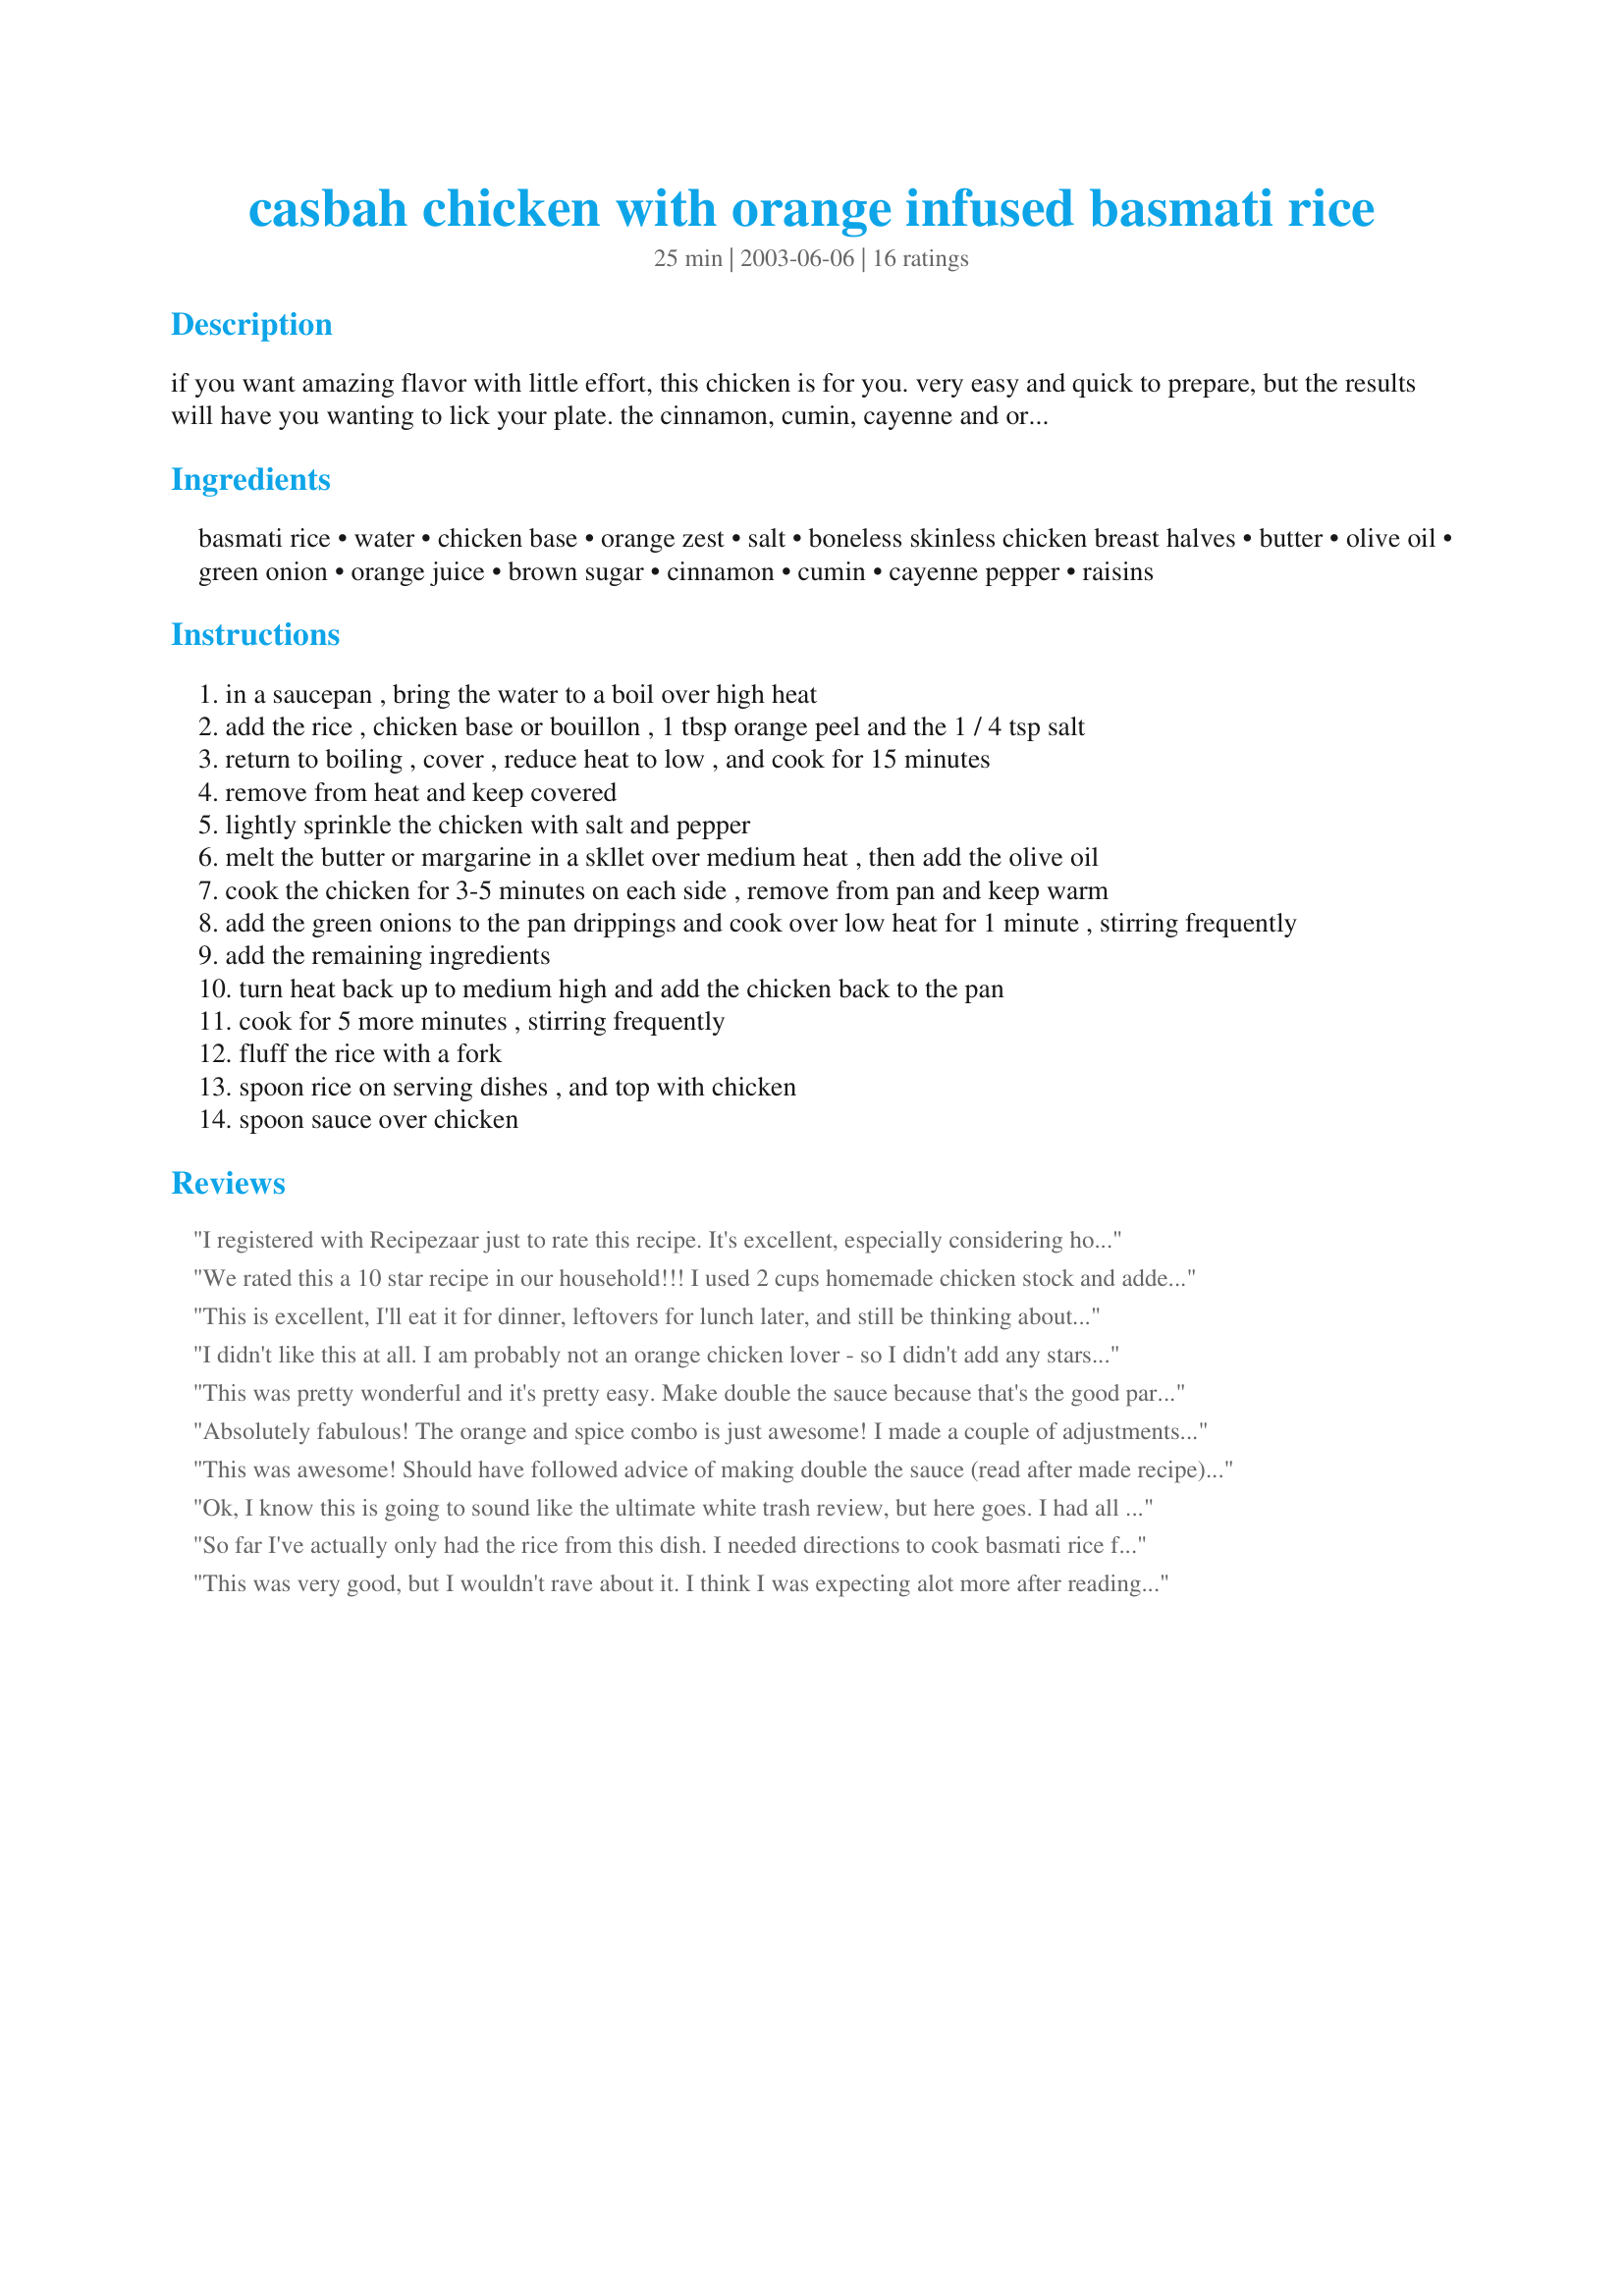
casbah chicken with orange infused basmati rice
Preparation time: 25 minutes

if you want amazing flavor with little effort, this chicken is for you. very easy and quick to prepare, but the results will have you wanting to lick your plate. the cinnamon, cumin, cayenne and orange flavors make this dish, and will leave you wanting more.

Ingredients:
basmati rice, water, chicken base, orange zest, salt, boneless skinless chicken breast halves, butter, olive oil, green onion, orange juice, brown sugar, cinnamon, cumin, cayenne pepper, raisins

Steps:
in a saucepan , bring the water to a boil over high heat
add the rice , chicken base or bouillon , 1 tbsp orange peel and the 1 / 4 tsp salt
return to boiling , cover , reduce heat to low , and cook for 15 minutes
remove from heat and keep covered
lightly sprinkle the chicken with salt and pepper
melt the butter or margarine in a skllet over medium heat , then add the olive oil
cook the chicken for 3-5 minutes on each side , remove from pan and keep warm
add the green onions to the pan drippings and cook over low heat for 1 minute , stirring frequently
add the remaining ingredients
turn heat back up to medium high and add the chicken back to the pan
cook for 5 more minutes , stirring frequently
fluff the rice with a fork
spoon rice on serving dishes , and top with chicken
spoon sauce over chicken

Reviews:
I registered with Recipezaar just to rate this recipe. It's excellent, especially considering how easy it is to make. I cooked the rice in chicken broth instead of water with chicken base. It was so delicious!
We rated this a 10 star recipe in our household!!! I used 2 cups homemade chicken stock and added 2 tsp kosher salt (since the stock had no salt). I think I had more chicken than intended for the recipe, since it all wouldn't fit in one large pan. So I doubled the butter and oil, and cut up the pounded thin pieces to fit in the pan better and cooked it the first round in two batches. Fantastic recipe! Thanks leeann!!! :)
This is excellent, I'll eat it for dinner, leftovers for lunch later, and still be thinking about when I'm going to make it again. I'm not a raisin person, so I also use currants as mentioned in the other review. I have also used other cuts of chicken with no problem.
I didn't like this at all. I am probably not an orange chicken lover - so I didn't add any stars because I don't want to disagree with all the good ratings. Didn't like the rice, the sauce, or anything about this recipe.
This was pretty wonderful and it's pretty easy. Make double the sauce because that's the good part. I added a little rice flour (gluten-free) to thinken it more because it was too thin to my liking. I also didn't put any cayenne. I added fresh ginger chopped finely to the onion while cooking to give a bit more spice without the cayenne. You could use any chiken parts too.
Absolutely fabulous! The orange and spice combo is just awesome! I made a couple of adjustments...for one, I cubed the chicken and sauteed for a little bit longer, and added a couple of cloves of mashed garlic. The chicken was juicy, tender, and soooo flavorful! The orange rice complimented the chicken beautifully! My whole family loved it! Thank you for a fabulous recipe, Leeannr! :)
This was awesome! Should have followed advice of making double the sauce (read after made recipe). Think next time (because you will want to make it again) I will cut chicken into strips. I thought was pretty good for spice because all family could enjoy including younger one.
Ok, I know this is going to sound like the ultimate white trash review, but here goes. I had all the ingredients for this, was all ready to go, and then realized my husband had taken the last 2 oranges to work. Did we have frozen oj? Nooooo. But we had Sunny Delite. So I put a splash of that in with the rice and tossed in some lemon zest for good measure. Ditto for the sauce, although I left out the brown sugar because Sunny Delite is like 99 percent sugar anyway.
Despite all that, the dish was excellent! The picky kindergartener ate a whole plate, which is unheard of, and DH and I loved it, too. I will make it again with real oranges someday, I promise. Or maybe not. Because Sunny Delite chicken was pretty awesome. Thanks, L!!!
So far I've actually only had the rice from this dish. I needed directions to cook basmati rice for <a href="/36815">Exotic and Sweet Moroccan Chicken with Spicy Rice</a> Exotic and Sweet Moroccan Chicken with Spicy Rice; this was the first recipe I came across and it looked perfect for that recipe. It actually was perfect for that recipe and I just noticed when I came back to write the review that this chicken has a sauce, and I was thinking the other recipe needed one, so I'll try that too next time I make the other recipe or just try this altogether. Thanks a lot.
This was very good, but I wouldn't rave about it. I think I was expecting alot more after reading all the reviews. The sauce had a very nice flavor.
The recipe is really great. the taste is original, oriental. it reminds me of a great meal i once had in indian restaurant. And it is so easy and quick! i added more cayenne peper and it was great.
This was probably the easiest and quickest dish I've ever made. My friend actually thought I spent hours making this. This was quite a treat, especially the rice. Thanks so much.
I made this with Recipe #21227 instead of the orange basmati rice because I had a lot of fresh currants and wanted to use them up. This recipe was YUM! I followed it exactly and used fresh currants at the end (next time I'll use dried ones - much easier!) I did thicken the sauce with a little cornstarch. I will definitely make this again!
I've got to add my 5 stars to this one. I was expecting this to taste like Chinese Orange Chicken but instead it is more like a mild curry. The sauce is superb and I'm trying to come up with other ways to use it.
I made this recipe exactly as listed, though I used currants instead of raisins that way I didn't have to chop them up. Still the same thing in my mind. It really was an excellent and beautiful dish. 

You would think it would be spicy or sugary. It's not. The flavors blended so well together that really the only distinguishable flavor was orange. 

Five of us ate it (all adults, and two of them picky; one picked off the currants and the other one the onions) I asked them if I should make it again. They all said yeah. Very cool. 

Thanks for a great recipe.
Awesome stuff! I added a pinch of ground cloves and used fresh oranges and more spice then was recommended. Also added zuchinni, sliced yellow onions and 2 cloves minced garlic. Deglazed pan after frying the chicken with white wine and added 1 tsp. cornstarch with a little bit more white wine to cut the sweetness and create a thicker sauce to cling to the rice. Great recipe!
